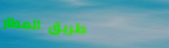
طريق المطار